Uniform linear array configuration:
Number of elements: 48
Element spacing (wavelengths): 0.5
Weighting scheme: uniform
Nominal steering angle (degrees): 0
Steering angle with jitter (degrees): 1.935
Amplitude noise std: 0.05
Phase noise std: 0.05

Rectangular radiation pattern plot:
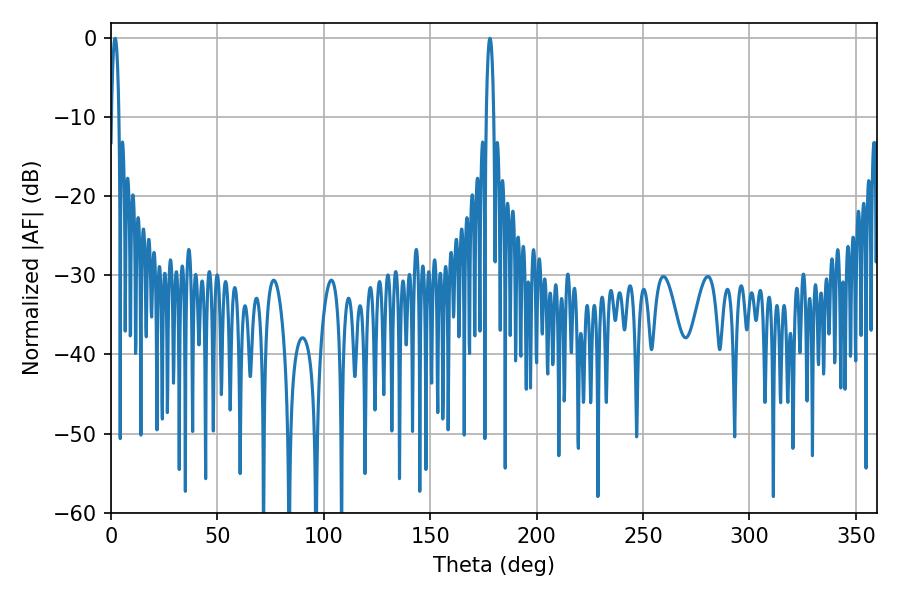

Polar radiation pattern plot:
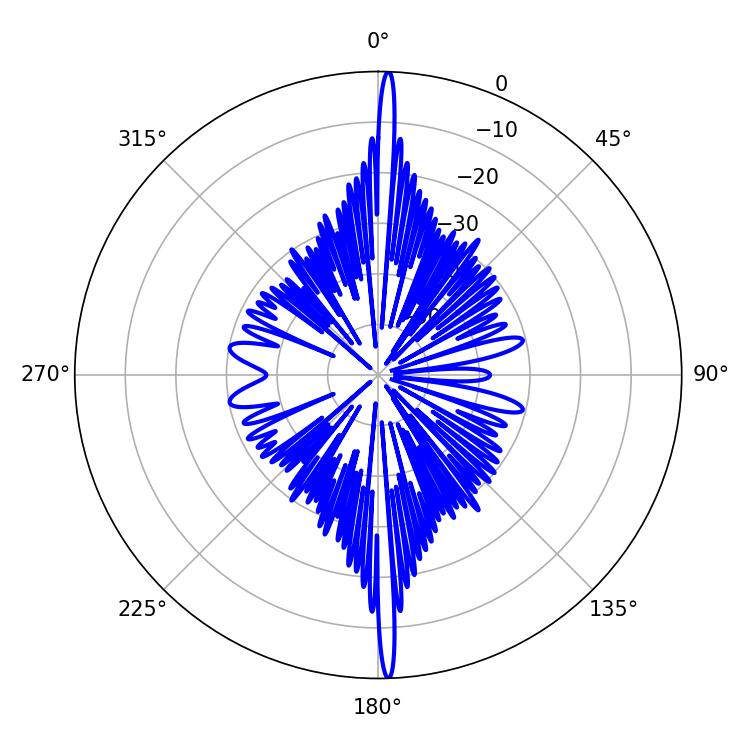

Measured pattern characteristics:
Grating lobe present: FALSE
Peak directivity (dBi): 28.542
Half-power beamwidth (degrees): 1.98
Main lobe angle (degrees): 178.02